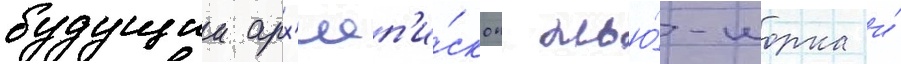
будущии арх'иеп'и́скоп нью́-иорка и́